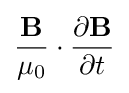
{\frac {\mathbf {B} }{\mu _{0}}}\cdot {\frac {\partial \mathbf {B} }{\partial t}}